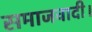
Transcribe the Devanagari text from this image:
समाजवादी।